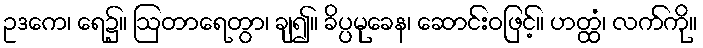
ဥဒကေ၊ ရေ၌။ ဩတာရေတွာ၊ ချ၍။ ခိပ္ပမုခေန၊ ဆောင်းဝဖြင့်။ ဟတ္ထံ၊ လက်ကို။